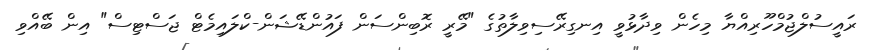
ރައީސުލްޖުމްހޫރިއްޔާ މިހެން ވިދާޅުވީ އިނގިރޭސިވިލާތުގެ "މޭރީ ރޮބިންސަން ފައުންޑޭޝަން-ކްލައިމެޓް ޖަސްޓިސް" އިން ބޭއްވި